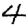
Digit: 4